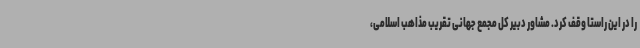
را در این راستا وقف کرد. مشاور دبیر کل مجمع جهانی تقریب مذاهب اسلامی،